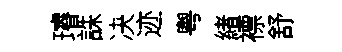
璿誅决迹粤緖褾舒